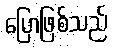
ပြောဖြစ်သည်